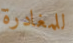
للمغادرة